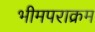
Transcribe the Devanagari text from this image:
भीमपराक्रम